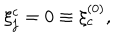
LaTeX: \xi _ { j } ^ { c } = 0 \equiv \xi _ { c } ^ { ( 0 ) } ,